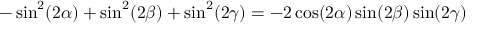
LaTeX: - \sin ^ { 2 } ( 2 \alpha ) + \sin ^ { 2 } ( 2 \beta ) + \sin ^ { 2 } ( 2 \gamma ) = - 2 \cos ( 2 \alpha ) \sin ( 2 \beta ) \sin ( 2 \gamma )